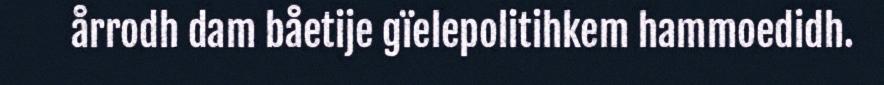
årrodh dam båetije gïelepolitihkem hammoedidh.